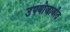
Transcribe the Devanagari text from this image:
उपयोजावीत